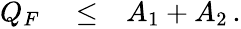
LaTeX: \begin{array}{rlr}{Q_{F}}&{{}\le}&{A_{1}+A_{2}\, .}\end{array}